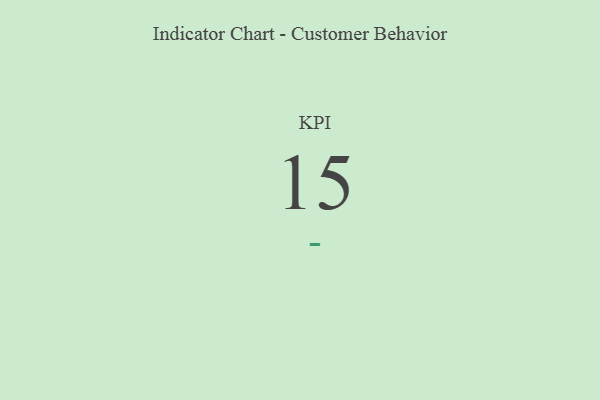
{"axis": {"x": "KPI", "y": "Value"}, "legend": [""], "data": [{"x": "KPI", "y": 15, "type": ""}]}